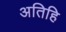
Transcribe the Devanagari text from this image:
अतिहि